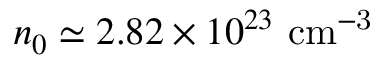
n _ { 0 } \simeq 2 . 8 2 \times 1 0 ^ { 2 3 } ~ \mathrm { c m ^ { - 3 } }